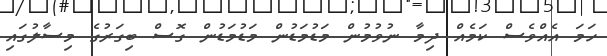
ހަމަ އެއްވެސް ކަމެއް ދިމާ ނުވުމުން މަޑުމަޑުން މަޑުމަޑުން ގޮސް ބިގަރުގެ މިސާލުގައި